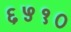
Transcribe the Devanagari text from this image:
६५१०